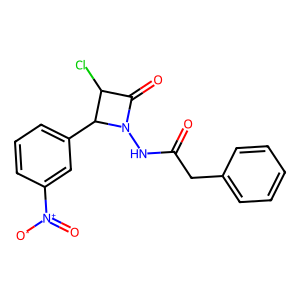
SMILES: O=C(Cc1ccccc1)NN1C(=O)C(Cl)C1c1cccc([N+](=O)[O-])c1
Inhibits HIV replication: No